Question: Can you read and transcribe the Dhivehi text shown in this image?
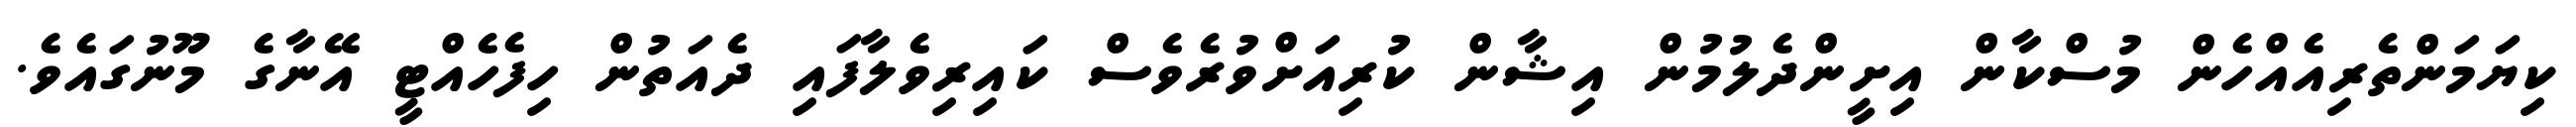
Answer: ކިޔަމަންތެރިއެއްހެން މުސްކާން އިށީންދެލުމުން އިޝާން ކުރިއަށްވުރެވެސް ކައިރިވެލާފައި ދެއަތުން ހިފެހެއްޓީ އޭނާގެ މޫނުގައެވެ.